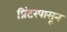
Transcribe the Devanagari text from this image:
प्रिंटरपासून